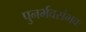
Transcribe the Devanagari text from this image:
पुनर्भवसंभवः